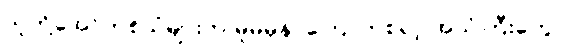
သူတို့အော်ဟစ်သံများက မူမမှန်၊ ကြောက်စရာ့ အသံကြီးတွေ။